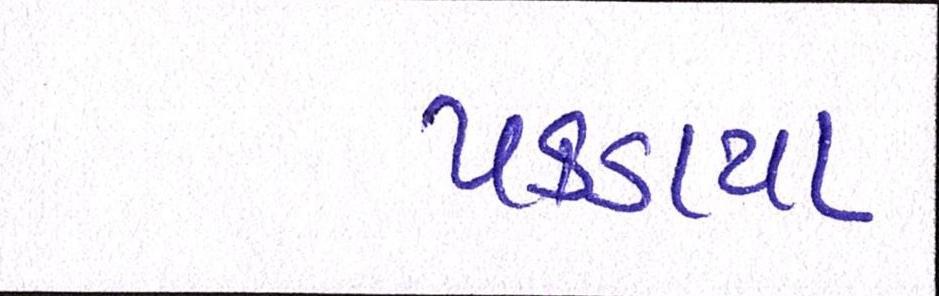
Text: પકડાયા